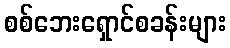
စစ်ဘေးရှောင်စခန်းများ